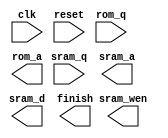
`timescale 1ns/10ps
module CLE ( clk, reset, rom_q, rom_a, sram_q, sram_a, sram_d, sram_wen, finish);
input         clk;
input         reset;
input  [7:0]  rom_q;
output [6:0]  rom_a;
input  [7:0]  sram_q;
output [9:0]  sram_a;
output [7:0]  sram_d;
output        sram_wen;
output        finish;

endmodule